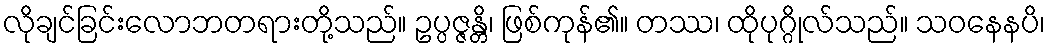
လိုချင်ခြင်းလောဘတရားတို့သည်။ ဥပ္ပဇ္ဇန္တိ၊ ဖြစ်ကုန်၏။ တဿ၊ ထိုပုဂ္ဂိုလ်သည်။ သဝနေနပိ၊